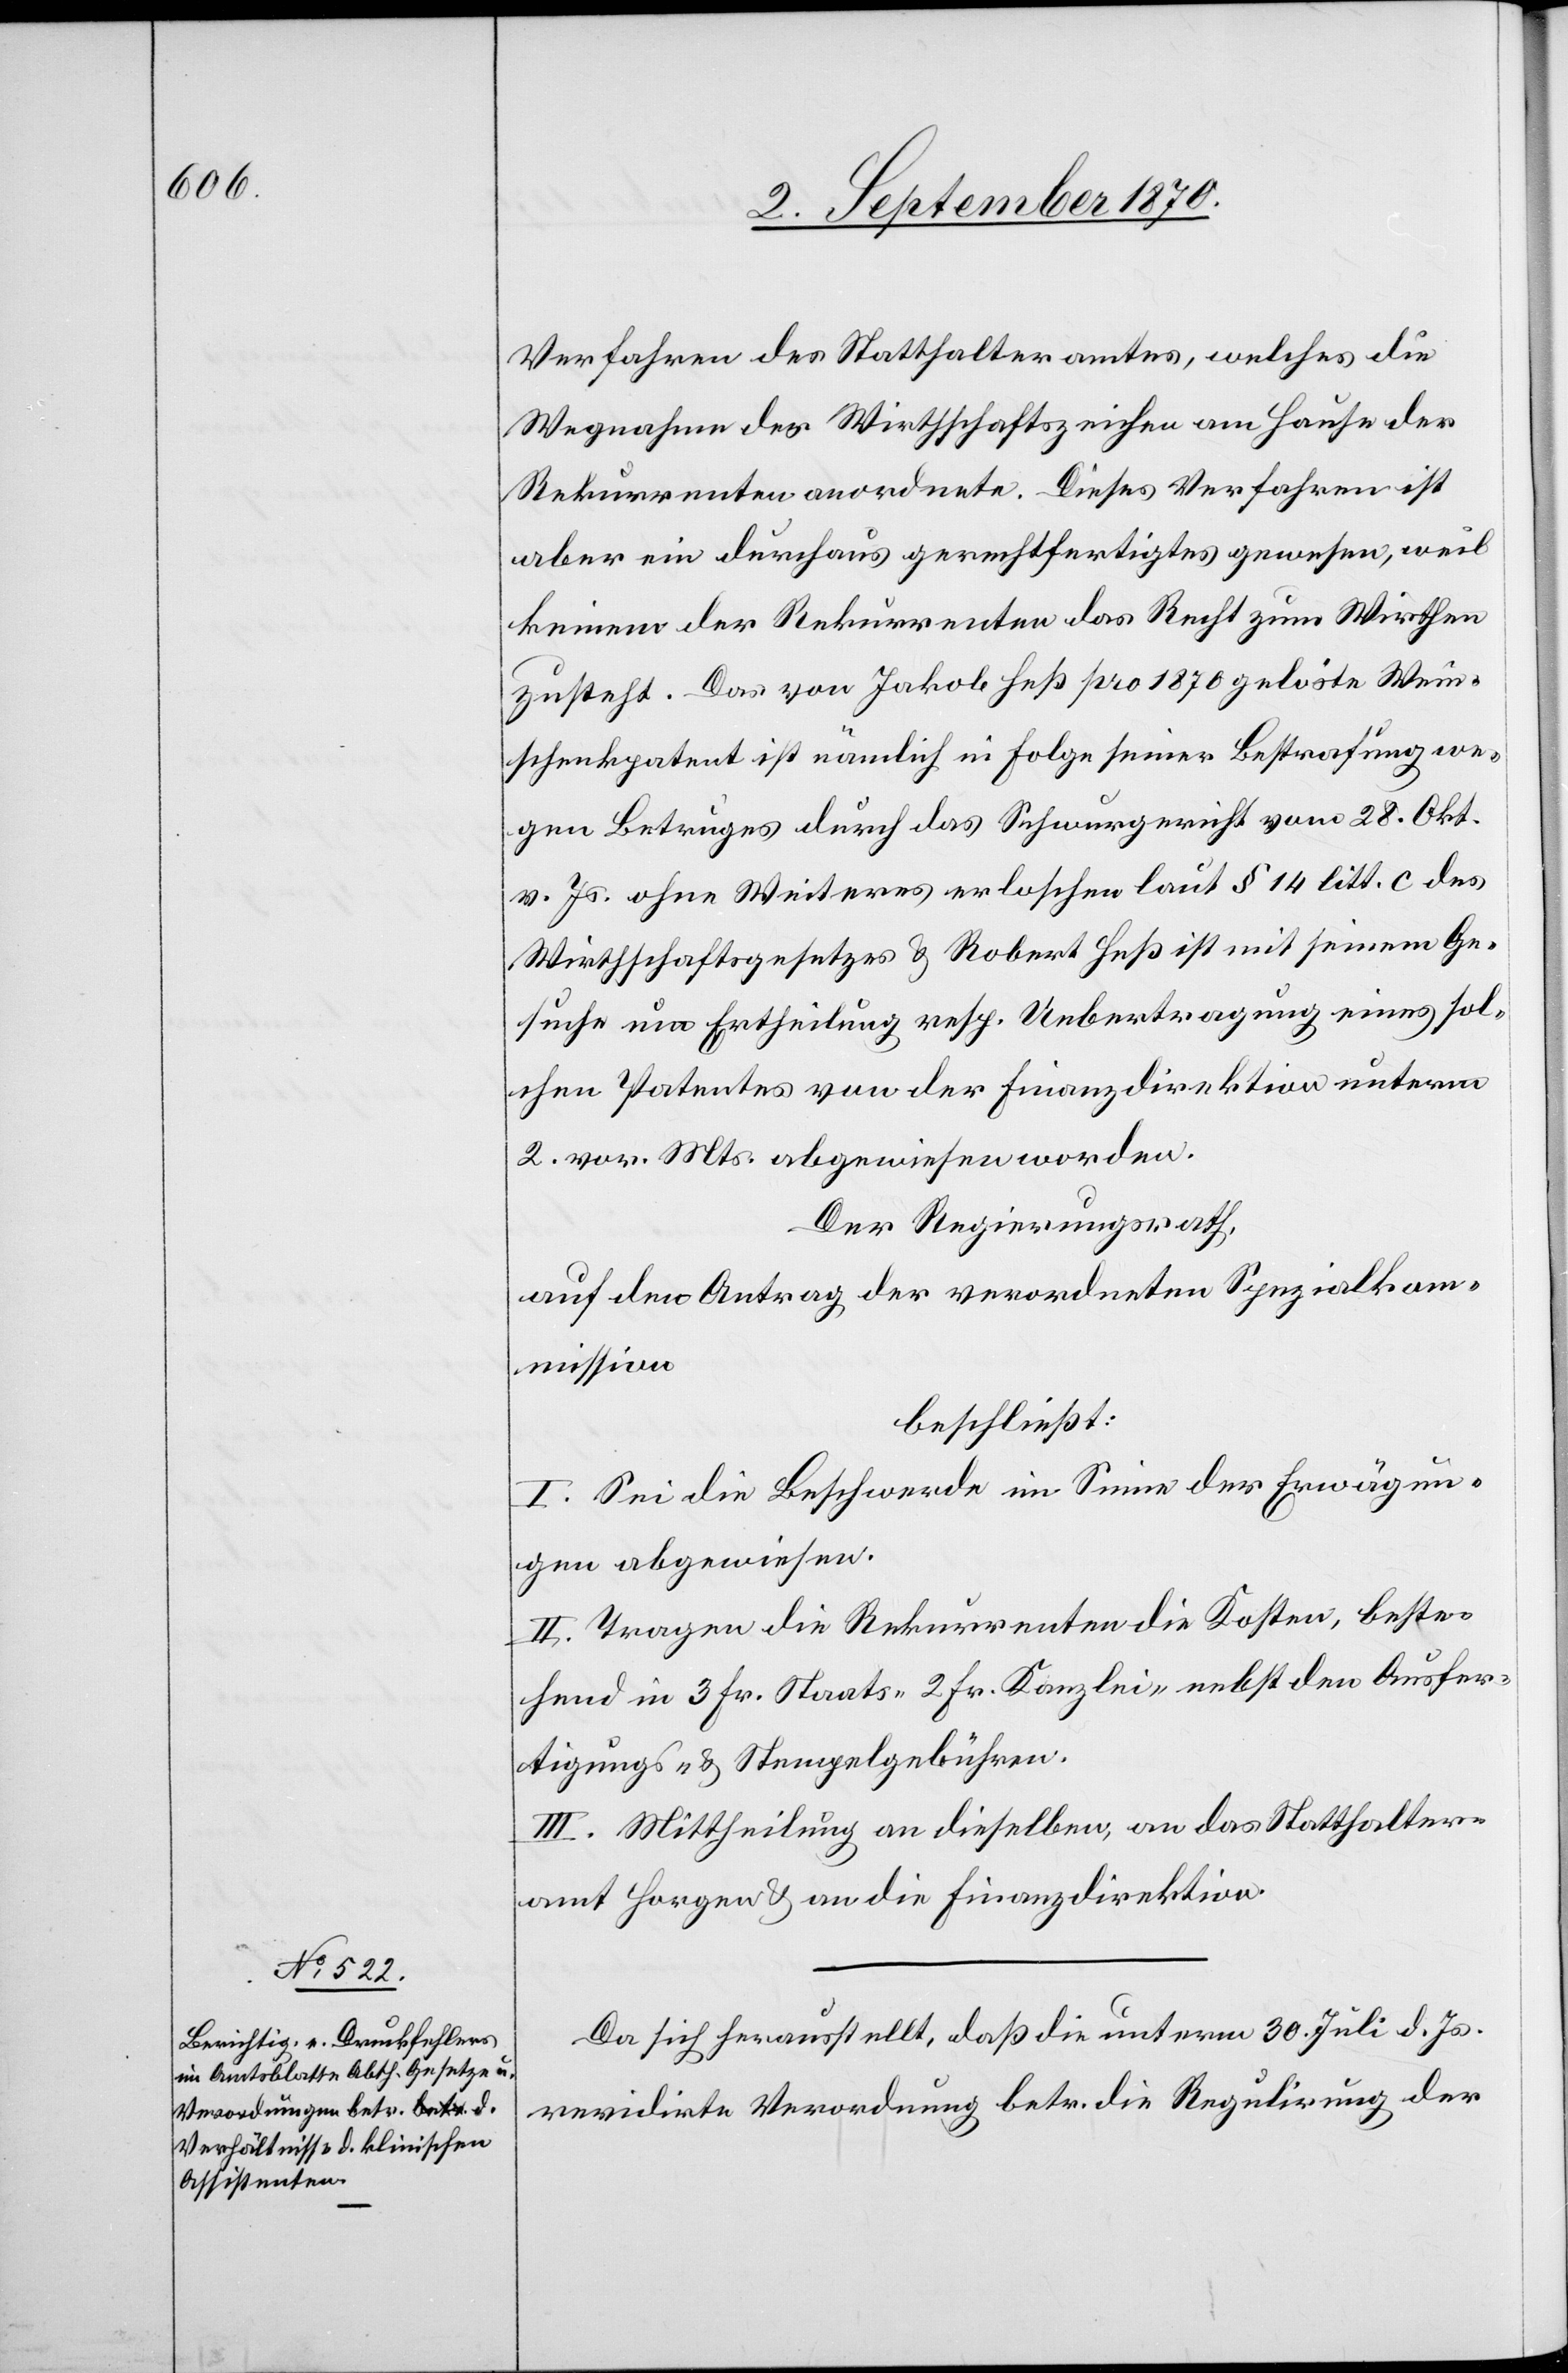
Verfahren des Statthalteramtes, welches die
Wegnahme des Wirthschaftszeichen[s] am Hause der
Rekurrenten anordnete. Dieses Verfahren ist
aber ein durchaus gerechtfertigtes gewesen, weil
keinem der Rekurrenten das Recht zum Wirthen
zusteht. Das von Jakob Heß pro 1870 gelöste Wein¬
schenkpatent ist nämlich in Folge seiner Bestrafung we¬
gen Betruges durch das Schwurgericht vom 28. Okt.
v. Js. ohne Weiteres erloschen laut § 14 litt. c des
Wirthschaftsgesetzes & Robert Heß ist mit seinem Ge¬
suche um Ertheilung resp. Uebertragung eines sol¬
chen Patentes von der Finanzdirektion unterm
2. vor. Mts. abgewiesen worden.
Der Regierungsrath,
auf den Antrag der verordneten Rekurskom¬
mission
beschließt:
I. Sei die Beschwerde im Sinne der Erwägun¬
gen abgewiesen.
II. Tragen die Rekurrenten die Kosten, beste¬
hend in 3 Fr. Staats- 2 Fr. Kanzlei- nebst den Ausfer¬
tigungs- & Stempelgebühren.
III. Mittheilung an dieselben, an das Statthalter¬
amt Horgen & an die Finanzdirektion.
Da sich herausstellt, daß die unterm 30. Juli d. Js.
revidirte Verordnung betr. die Regulirung der